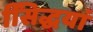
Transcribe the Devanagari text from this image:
सििद्धयां